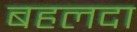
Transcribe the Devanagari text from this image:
बहलदा